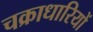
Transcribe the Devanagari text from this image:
चक्राधारियों